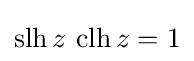
\operatorname {slh} z\,\operatorname {clh} z=1